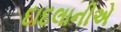
દાદલાનીએ